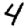
Digit: 4